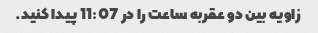
زاویه بین دو عقربه ساعت را در 11:07 پیدا کنید.